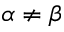
\alpha \neq \beta